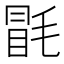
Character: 毷